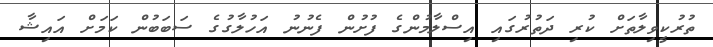
ތުރުކީވިލާތަށް ކުރި ދަތުރުގައި އިސްލާމުންގެ ފުށުން ފެނުނު އަހުލާގުގެ ސަބަބުން ކަމަށް އައިޝާ